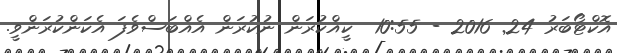
އޮކްޓޯބަރު 24